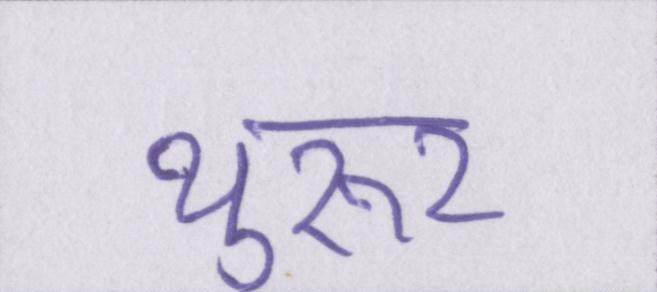
थुरूर